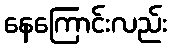
နေကြောင်းလည်း